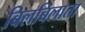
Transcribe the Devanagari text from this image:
बिलबिलाता